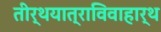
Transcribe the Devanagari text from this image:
तीर्थयात्राविवाहार्थ